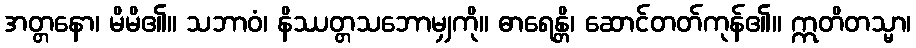
အတ္တနော၊ မိမိ၏။ သဘာဝံ၊ နိဿတ္တသဘောမျှကို။ ဓာရေန္တိ၊ ဆောင်တတ်ကုန်၏။ ဣတိတသ္မာ၊